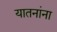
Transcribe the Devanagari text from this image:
यातनांना